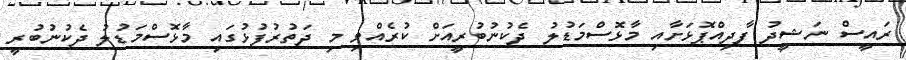
ރައީސް ނަޝީދު ފާދިއްޕޮޅަށާއި މާޅޮސްމަޑުލު ދެކުނުބުރީއަށް ކުރެއްވި މި ދަތުރުފުޅުގައި މާޅޮސްމަޑުލު ދެކުނުބުރީ